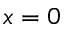
x = 0